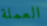
العملة